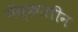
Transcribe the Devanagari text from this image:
मॅस्कालीन